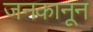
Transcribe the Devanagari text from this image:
जनकानून